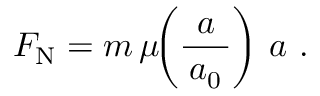
F _ { \mathrm { N } } = m \, \mu \! \! \left( { \frac { a } { \, a _ { 0 } \, } } \right) \, a ~ .